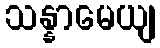
သန္နာမေယျ